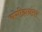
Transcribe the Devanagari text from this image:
चंगीझनंतर